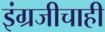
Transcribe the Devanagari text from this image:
इंग्रजीचाही